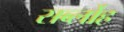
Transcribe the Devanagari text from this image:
सर्ब्लोह